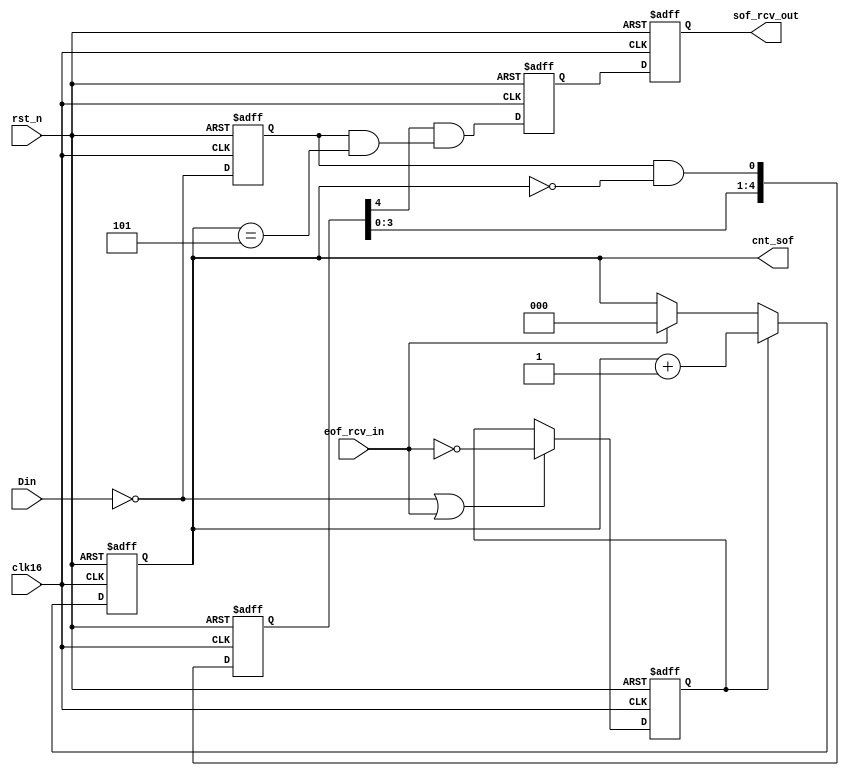
module sof_received (
    Din, clk16, rst_n, sof_rcv_out, eof_rcv_in, cnt_sof
);

    input Din, clk16, rst_n, eof_rcv_in;
    output sof_rcv_out;
    output [2:0] cnt_sof;

    reg sof_rcv_out;
    reg q0; // to delay a clock for output at 8th clock.

    reg [2:0] cnt_sof;

    reg [4:0] shift_sof;

    reg Din_reg;
    wire zeroislow;
    wire fifthislow;

    reg start; //start to count.

    always @(posedge clk16 or negedge rst_n) begin
        if (!rst_n) begin
            start <= 1'b0;
        end else if (!Din || eof_rcv_in) begin
            start <= !eof_rcv_in;
        end
    end



    always @(posedge clk16 or negedge rst_n) begin
       if (!rst_n) begin
           cnt_sof <= 3'b000;
       end else if (start) begin // only when the Din is low level, then start to count.
           cnt_sof <= cnt_sof + 3'b001;
       end else if (eof_rcv_in) begin
           cnt_sof <= 3'b000;
       end
    end
/*
//这种风格的代码是无法正常工作的，原因在于：
    //assign zeroislow = (!Din) && (cnt_sof == 3'b000);
    always @(posedge clk16 or negedge rst_n) begin
       if (!rst_n) begin
           zeroislow <= 1'b0;
       end else begin
           zeroislow <= (!Din) && (cnt_sof == 3'b000); //**************原因在于 && 后面的cnt_sof是会随着clk的边沿变化的，所以，D触发器无法采集到正常的数，因为cnt_sof在边沿变化了。
       end 
    end

    always @(posedge clk16 or negedge rst_n) begin
       if (!rst_n) begin
           fifthislow <= 1'b0;
       end else begin
           fifthislow <= (!Din) && (cnt_sof == 3'b101);
       end 
    end
*/
    always @(posedge clk16 or negedge rst_n) begin
       if (!rst_n) begin
           Din_reg <= 1'b0;
       end else begin
           Din_reg <= (!Din); //将输入对齐时钟，哪怕是延迟了一拍也值得
       end 
    end

    assign zeroislow = Din_reg && (cnt_sof == 3'b000);
    assign fifthislow = Din_reg && (cnt_sof == 3'b101);


    //shift registers to delay signal - zeroislow
    always @(posedge clk16 or negedge rst_n) begin
       if (!rst_n) begin
           shift_sof <= 5'd0;
       end else begin
           shift_sof <= {shift_sof[3:0], zeroislow};
       end 
    end

    // This is a combinational circuit, so sof_received will be 1, when cnt_sof is 5.
//    assign sof_rcv_out = (shift_sof[4]) && (fifthislow);

    always @(posedge clk16 or negedge rst_n) begin
        if (!rst_n) begin
            sof_rcv_out <= 1'b0;
            q0 <= 1'b0;
        end else begin
            q0 <= (shift_sof[4]) && (fifthislow);
            sof_rcv_out <= q0;
        end
    end
    
endmodule